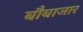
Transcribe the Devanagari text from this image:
बौबाजार